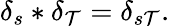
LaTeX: \delta_{s}*\delta_{\mathcal{T}}=\delta_{s\mathcal{T}}.